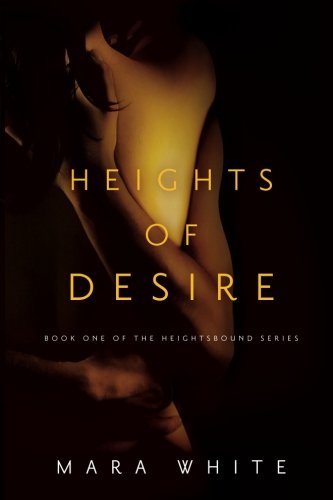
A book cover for Heights of Desire: Book 1 of the Heightsbound Series (Volume 1); Mara White; Romance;